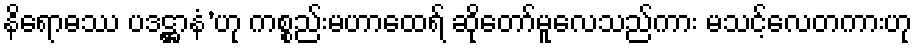
နိရောဓဿ ပဒဋ္ဌာနံ’ဟု ကစ္စည်းမဟာထေရ် ဆိုတော်မူလေသည်ကား မသင့်လေတကားဟု